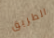
الطريق